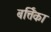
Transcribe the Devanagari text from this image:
बर्त्तिका